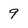
Character: 9